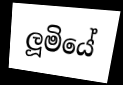
ලූමියේ